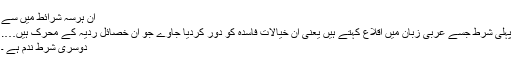
ان ہرسہ شرائط میں سے
پہلی شرط جسے عربی زبان میں اقلاع کہتے ہیں یعنی ان خیالات فاسدہ کو دور کردیا جاوے جو ان خصائل ردیہ کے محرک ہیں….
دوسری شرط ندم ہے ۔